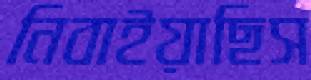
নিবাইয়াছিস